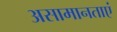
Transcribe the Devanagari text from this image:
असामानताएं